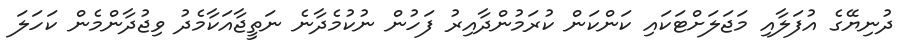
ދުނިޔޭގެ އުފަލާއި މަޖަލަށްޓަކައި ކަންކަން ކުރަމުންދާއިރު ފަހުން ނުކުމެދާނެ ނަތީޖާއަކާމެދު ވިޖުދާންމެން ކަހަލަ